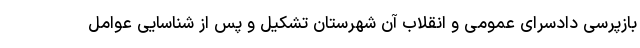
بازپرسی دادسرای عمومی و انقلاب آن شهرستان تشکیل و پس از شناسایی عوامل